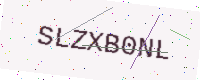
Text: SLZXB0NL